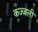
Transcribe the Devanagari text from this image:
कज्‍जली